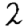
Digit: 2